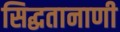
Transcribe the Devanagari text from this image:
सिद्धतानाणी